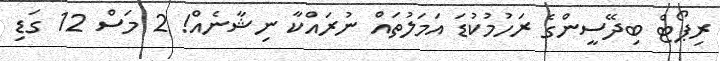
ރިޕޯޓް ބިދޭސީންގެ ރަހުމުކުޑަ އަމަލުތައް ނުރައްކާ ނިޝާނެއް! 2 މަސް 12 ގަޑި